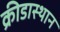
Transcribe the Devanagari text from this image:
क्रीडास्थान